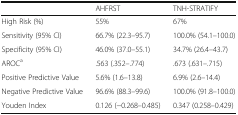
<table><thead><tr><td>[EMPTY_CELL]</td><td><b>AHFRST</b></td><td><b>TNH-STRATIFY</b></td></tr></thead><tbody><tr><td>High Risk (%)</td><td>55%</td><td>67%</td></tr><tr><td>Sensitivity (95% CI)</td><td>66.7% (22.3–95.7)</td><td>100.0% (54.1–100.0)</td></tr><tr><td>Specificity (95% CI)</td><td>46.0% (37.0–55.1)</td><td>34.7% (26.4–43.7)</td></tr><tr><td>AROC<sup>a</sup></td><td>.563 (.352–.774)</td><td>.673 (.631–.715)</td></tr><tr><td>Positive Predictive Value</td><td>5.6% (1.6–13.8)</td><td>6.9% (2.6–14.4)</td></tr><tr><td>Negative Predictive Value</td><td>96.6% (88.3–99.6)</td><td>100.0% (91.8–100.0)</td></tr><tr><td>Youden Index</td><td>0.126 (−0.268–0.485)</td><td>0.347 (0.258–0.429)</td></tr></tbody></table>